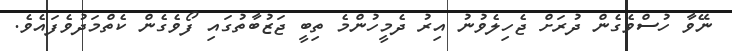
ނޭވާ ހުސްވެގެން ދުރަށް ޖެހިލެވުނު އިރު ދެމީހުންމެ ތިބީ ޖަޒުބާތުގައި ފޯވެގެން ކެތްމަދުވެފައެވެ.